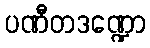
ပဏီတဒဏ္ဍော